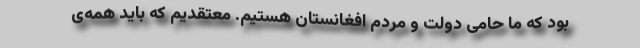
بود که ما حامی دولت و مردم افغانستان هستیم. معتقدیم که باید همه‌ی‌